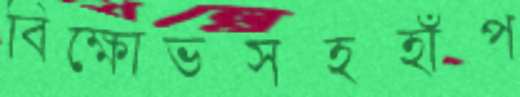
বিক্ষোভসহহাঁপ